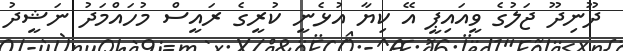
ދޫނިދޫ ޖަލުގެ ވީއައިޕީ އޭ ކިޔާ އުޅެނީ ކުރީގެ ރައީސް މުހައްމަދު ނަޝީދު